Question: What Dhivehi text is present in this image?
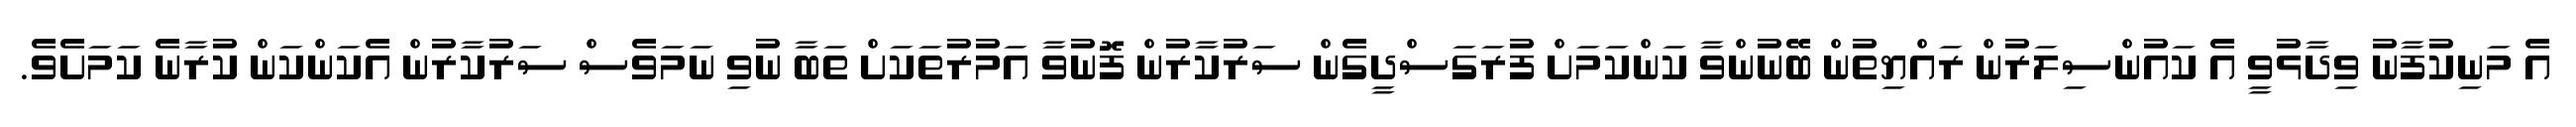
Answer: އެ މަނިކުފާނު ވިދާޅުވީ އެ ކައުންސިލަރުން ރައްޔިތުން ބޭނުންވާ ކަންކަމަށް ފުރަގަސްދީގެން ސަރުކާރުން ފޮނުވާ އަމުރުތަކަށް ތަބާ ނުވި ނަމަވެސް ސަރުކާރުން އެކަންކަން ކުރާނެ ކަމަށެވެ.